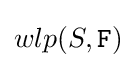
wlp(S,{\texttt {F}})